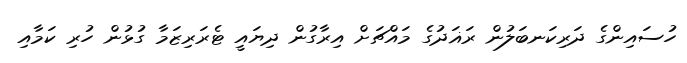
ހުސައިންގެ ދަރިކަނބަލުން ރަޣަދުގެ މައްޗަށް އިރާގުން ދިޔައީ ޓެރަރިޒަމާ ގުޅުން ހުރި ކަމާއި